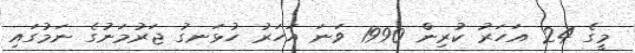
މީގެ 24 އަހަރު ކުރިން 1990 ވަނަ އަހަރު ހުޅަނގު ޖަރުމަނުގެ ނަމުގައި